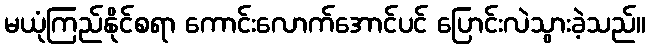
မယုံကြည်နိုင်စရာ ကောင်းလောက်အောင်ပင် ပြောင်းလဲသွားခဲ့သည်။